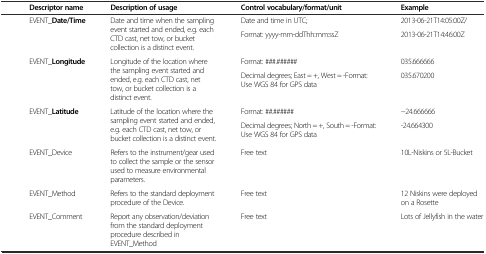
<table><thead><tr><td>[EMPTY_CELL]</td><td><b>Descriptor name</b></td><td><b>Description of usage</b></td><td><b>Control vocabulary/format/unit</b></td><td><b>Example</b></td></tr></thead><tbody><tr><td rowspan="9">[EMPTY_CELL]</td><td rowspan="2">EVENT_<b>Date/Time</b></td><td rowspan="2">Date and time when the sampling event started and ended, e.g. each CTD cast, net tow, or bucket collection is a distinct event.</td><td>Date and time in UTC;</td><td>2013-06-21T14:05:00Z/</td></tr><tr><td>Format: yyyy-mm-ddThh:mm:ssZ</td><td>2013-06-21T14:46:00Z</td></tr><tr><td rowspan="2">EVENT_<b>Longitude</b></td><td rowspan="2">Longitude of the location where the sampling event started and ended, e.g. each CTD cast, net tow, or bucket collection is a distinct event.</td><td>Format: ###.######</td><td>035.666666</td></tr><tr><td>Decimal degrees; East = +, West = -Format: Use WGS 84 for GPS data</td><td>035.670200</td></tr><tr><td rowspan="2">EVENT_<b>Latitude</b></td><td rowspan="2">Latitude of the location where the sampling event started and ended, e.g. each CTD cast, net tow, or bucket collection is a distinct event.</td><td>Format: ##.######</td><td>−24.666666</td></tr><tr><td>Decimal degrees; North = +, South = -Format: Use WGS 84 for GPS data</td><td>-24.664300</td></tr><tr><td>EVENT_Device</td><td>Refers to the instrument/gear used to collect the sample or the sensor used to measure environmental parameters.</td><td>Free text</td><td>10L-Niskins or 5L-Bucket</td></tr><tr><td>EVENT_Method</td><td>Refers to the standard deployment procedure of the Device.</td><td>Free text</td><td>12 Niskins were deployed on a Rosette</td></tr><tr><td>EVENT_Comment</td><td>Report any observation/deviation from the standard deployment procedure described in EVENT_Method</td><td>Free text</td><td>Lots of Jellyfish in the water</td></tr></tbody></table>